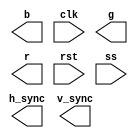
// Copyright (C) 2018  Intel Corporation. All rights reserved.
// Your use of Intel Corporation's design tools, logic functions 
// and other software and tools, and its AMPP partner logic 
// functions, and any output files from any of the foregoing 
// (including device programming or simulation files), and any 
// associated documentation or information are expressly subject 
// to the terms and conditions of the Intel Program License 
// Subscription Agreement, the Intel Quartus Prime License Agreement,
// the Intel FPGA IP License Agreement, or other applicable license
// agreement, including, without limitation, that your use is for
// the sole purpose of programming logic devices manufactured by
// Intel and sold by Intel or its authorized distributors.  Please
// refer to the applicable agreement for further details.

module tpf_test_01
(
// {ALTERA_ARGS_BEGIN} DO NOT REMOVE THIS LINE!

	b,
	clk,
	g,
	h_sync,
	r,
	rst,
	ss,
	v_sync
// {ALTERA_ARGS_END} DO NOT REMOVE THIS LINE!

);

// {ALTERA_IO_BEGIN} DO NOT REMOVE THIS LINE!
output			b;
input			clk;
output			g;
output			h_sync;
output			r;
input			rst;
input			ss;
output			v_sync;

// {ALTERA_IO_END} DO NOT REMOVE THIS LINE!
// {ALTERA_MODULE_BEGIN} DO NOT REMOVE THIS LINE!
// {ALTERA_MODULE_END} DO NOT REMOVE THIS LINE!
endmodule